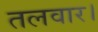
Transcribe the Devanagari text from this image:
तलवार।